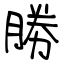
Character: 勝